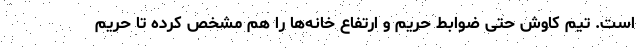
است. تیم کاوش حتی ضوابط حریم و ارتفاع خانه‌ها را هم مشخص کرده تا حریم